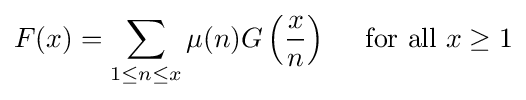
F(x)=\sum _{1\leq n\leq x}\mu (n)G\left({\frac {x}{n}}\right)\quad {\mbox{ for all }}x\geq 1